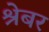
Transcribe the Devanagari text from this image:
श्रेबर